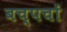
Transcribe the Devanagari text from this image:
बच्पचों